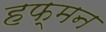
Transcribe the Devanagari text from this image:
हफ्मन